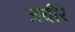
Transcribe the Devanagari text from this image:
जघीरे